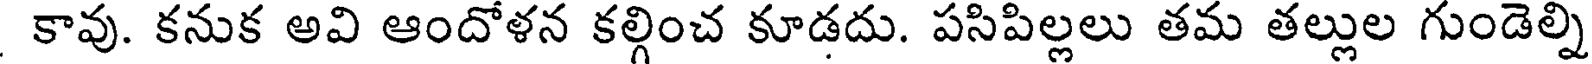
కావు. కనుక అవి ఆందోళన కల్గించ కూడదు. పసిపిల్లలు తమ తల్లుల గుండెల్ని